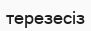
терезесіз